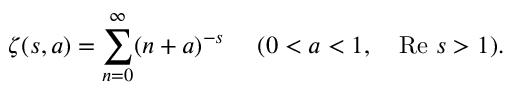
\zeta ( s , a ) = \sum _ { n = 0 } ^ { \infty } ( n + a ) ^ { - s } ~ ~ ~ ~ ( 0 < a < 1 , ~ ~ ~ \mathrm { R e } ~ s > 1 ) .